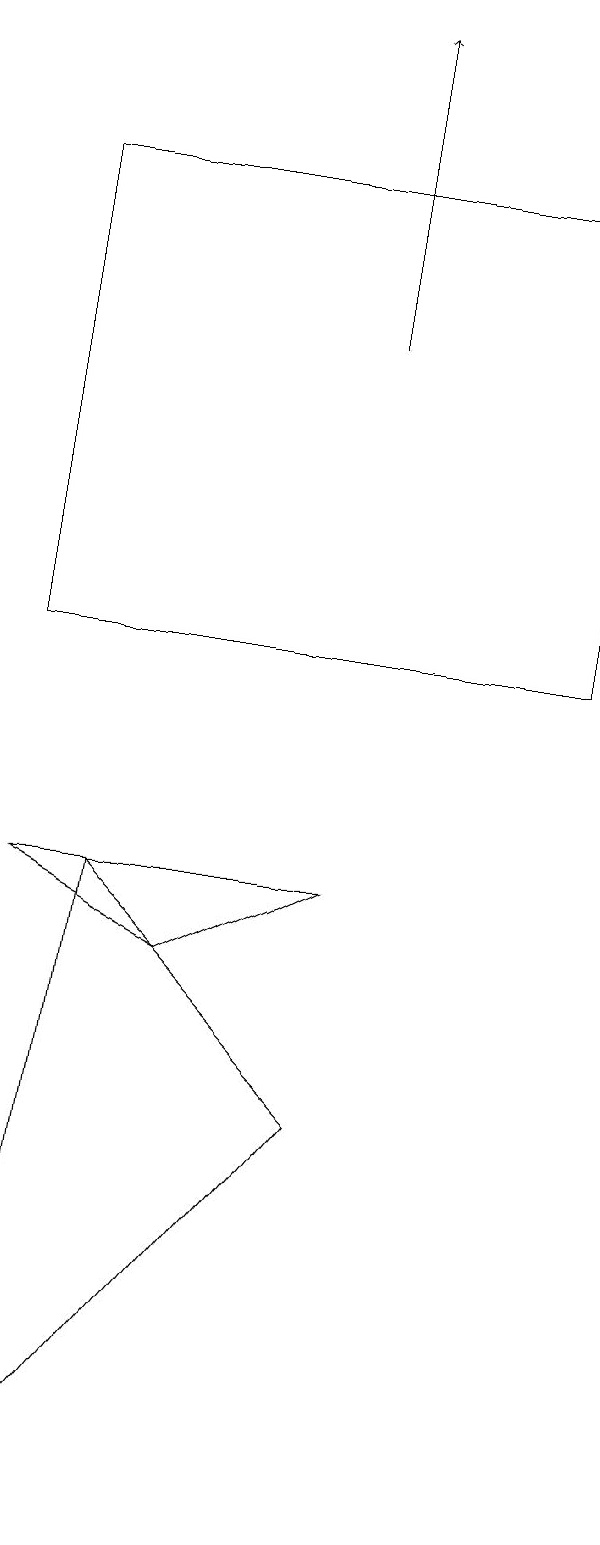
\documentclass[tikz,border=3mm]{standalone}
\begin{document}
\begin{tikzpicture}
\draw (9,11) rectangle (2,17);
\draw (6,5) -- (3,8) -- (2,0) -- cycle;
\draw[->] (6,15) -- (6,19);
\draw (6,8) -- (4,7) -- (2,8) -- cycle;
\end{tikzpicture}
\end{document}